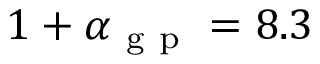
1 + \alpha _ { \mathrm { ~ g ~ p ~ } } = 8 . 3